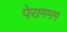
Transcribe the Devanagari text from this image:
पेरागमम